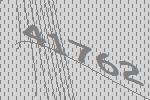
41762